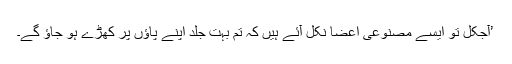
’آجکل تو ایسے مصنوعی اعضا نکل آئے ہیں کہ تم بہت جلد اپنے پاؤں پر کھڑے ہو جاؤ گے۔